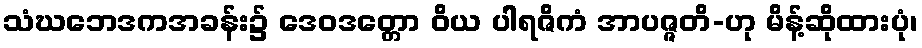
သံဃဘေဒကအခန်း၌ ဒေဝဒတ္တော ဝိယ ပါရဇိကံ အာပဇ္ဇတိ-ဟု မိန့်ဆိုထားပုံ၊